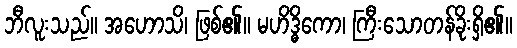
ဘီလူးသည်။ အဟောသိ၊ ဖြစ်၏။ မဟိဒ္ဓိကော၊ ကြီးသောတန်ခိုးရှိ၏။